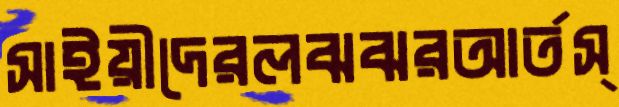
সাইয়ীদেরলঝঝরআর্তস্